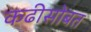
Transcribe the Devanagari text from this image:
कढीसोबत